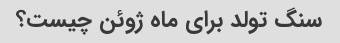
سنگ تولد برای ماه ژوئن چیست؟